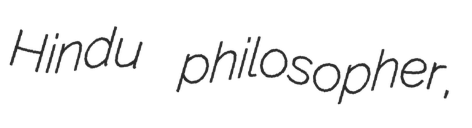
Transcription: Hindu philosopher,